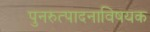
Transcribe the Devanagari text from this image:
पुनरुत्पादनाविषयक